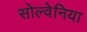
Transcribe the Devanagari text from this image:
सोल्वेनिया